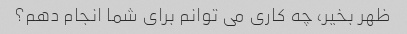
ظهر بخیر، چه کاری می توانم برای شما انجام دهم؟